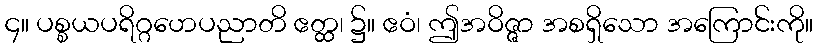
၄။ ပစ္စယပရိဂ္ဂဟေပညာတိ ဧတ္ထ၊ ၌။ ဧဝံ၊ ဤအဝိဇ္ဇာ အစရှိသော အကြောင်းကို။